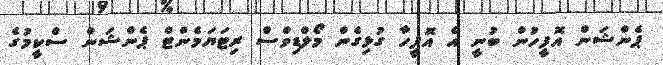
ޕެންޝަން އޮފީހުން ބުނީ އެ އޮފީހާ ގުޅިގެން މޯލްޑިވްސް ރިޓަޔަމެންޓް ޕެންޝަން ސްކީމުގެ